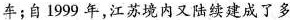
车；自1999年，江苏境内又陆续建成了多